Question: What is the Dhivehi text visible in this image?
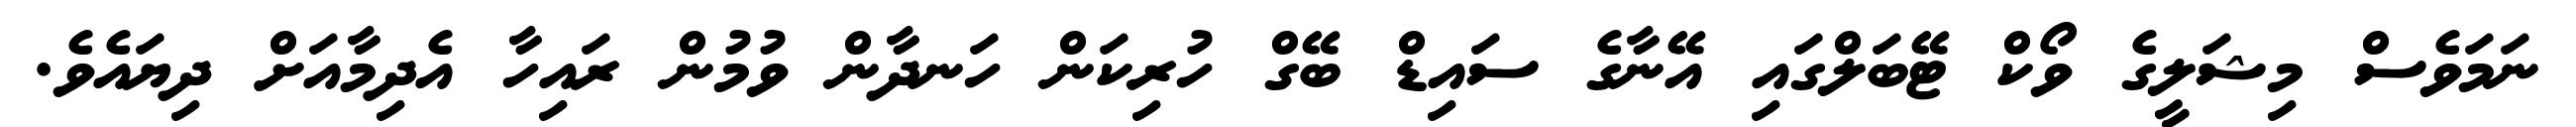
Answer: ނަމަވެސް މިޝަލީގެ ވޯކް ޓޭބަލްގައި އޭނާގެ ސައިޑް ބޭގް ހުރިކަން ހަނދާން ވުމުން ރައިހާ އެދިމާއަށް ދިޔައެވެ.